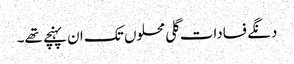
دنگے فسادات گلی محلوں تک ان پہنچے تھے۔